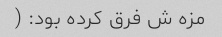
مزه ش فرق کرده بود: (